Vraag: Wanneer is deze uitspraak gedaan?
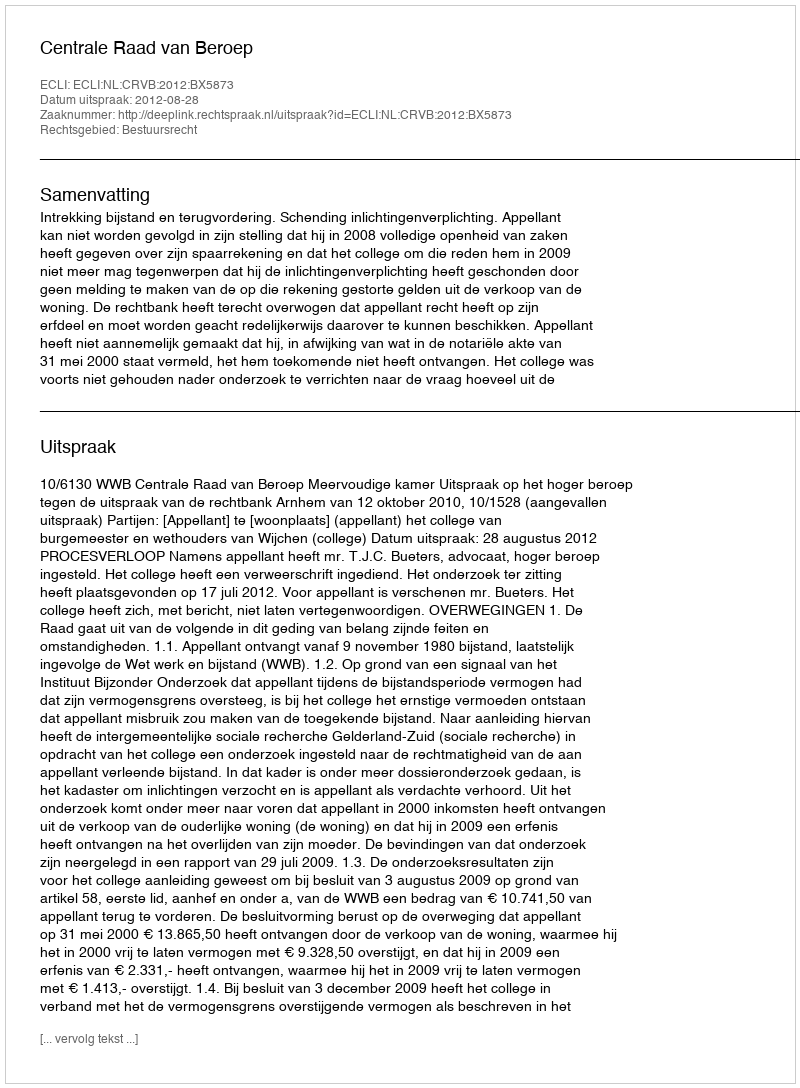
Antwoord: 2012-08-28